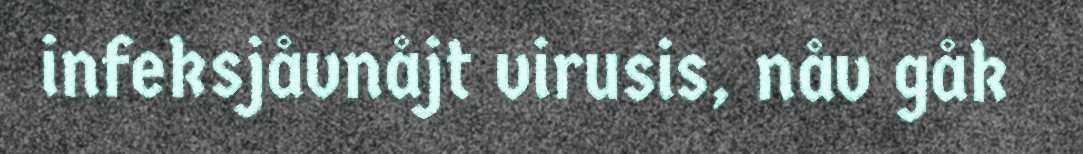
infeksjåvnåjt virusis, nåv gåk